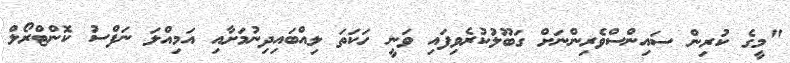
"މީގެ ކުރިން ސައިންސްވެރިންނަށް ގަބޫލުކުރެވިފައި ވަނީ ހަކަތަ ލިއްބައިދިނުމަށާއި އަމިއްލަ ނަފްސު ކޮންޓްރޯލް